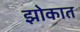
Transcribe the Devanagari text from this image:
झोकात